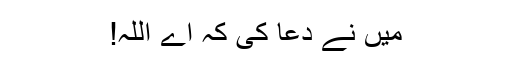
میں نے دعا کی کہ اے اللہ!